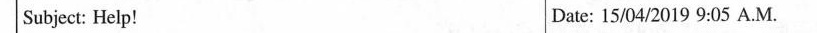
Subject: Help! |Date: 15/04/2019 9:05 A.M.